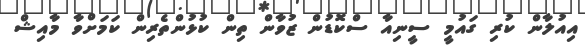
އިއުލާން ކުރި ގައުމީ ސީނިއާ ސްކޮޑުން ޒުވާން ތިން ކުޅުންތެރިން ކަމަށްވާ މާއިޝް